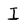
Character: I